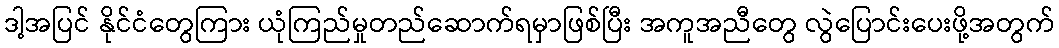
ဒါ့အပြင် နိုင်ငံတွေကြား ယုံကြည်မှုတည်ဆောက်ရမှာဖြစ်ပြီး အကူအညီတွေ လွဲပြောင်းပေးဖို့အတွက်